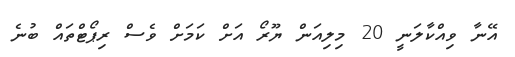
އޭނާ ވިއްކާލަނީ 20 މިލިއަން ޔޫރޯ އަށް ކަމަށް ވެސް ރިޕޯޓްތައް ބުނެ